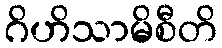
ဂိဟိသာမိစီတိ